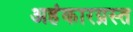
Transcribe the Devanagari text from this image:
अहंकारग्रस्त